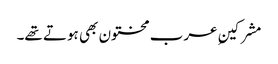
مشرکینِ عرب مختون بھی ہوتے تھے۔